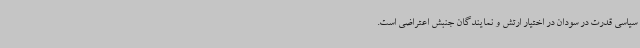
سیاسی قدرت در سودان در اختیار ارتش و نمایندگان جنبش اعتراضی است.